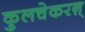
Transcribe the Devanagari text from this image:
कुलचेकरऩ्